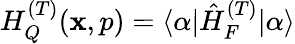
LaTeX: H_{Q}^{(T)}(\mathbf{x},p)=\langle\alpha|\hat{{H}}_{F}^{(T)}|\alpha\rangle